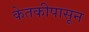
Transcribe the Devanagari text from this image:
केतकीपासून